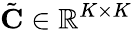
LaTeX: \tilde{\mathbf{C}}\in\mathbb{R}^{K\times K}